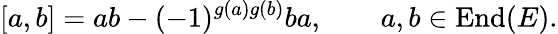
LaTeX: [a,b]=ab-(-1)^{g(a)g(b)}ba,\qquad a,b\in\mathrm{End}(E).